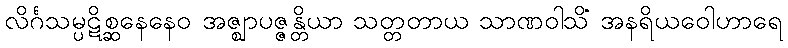
လိင်္ဂသမ္ပဋိစ္ဆနေနေဝ အဇ္ဈာပဇ္ဇန္တိယာ သတ္တတာယ သာဏဝါသိံ အနရိယဝေါဟာရေ